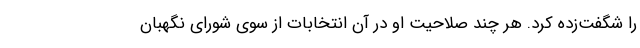
را شگفت‌زده کرد. هر چند صلاحیت او در آن انتخابات از سوی شورای نگهبان